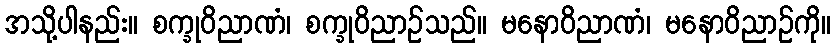
အသို့ပါနည်း။ စက္ခုဝိညာဏံ၊ စက္ခုဝိညာဉ်သည်။ မနောဝိညာဏံ၊ မနောဝိညာဉ်ကို။